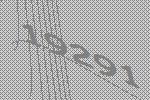
19291